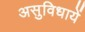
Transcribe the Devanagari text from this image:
असुविधायें